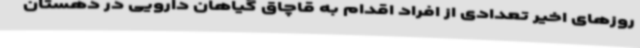
روزهای اخیر تعدادی از افراد اقدام به قاچاق گیاهان دارویی در دهستان